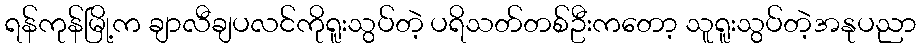
ရန်ကုန်မြို့က ချာလီချပလင်ကိုရူးသွပ်တဲ့ ပရိသတ်တစ်ဦးကတော့ သူရူးသွပ်တဲ့အနုပညာ